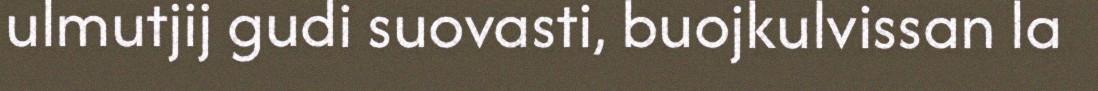
ulmutjij gudi suovasti, buojkulvissan la